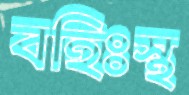
বহিঃস্থ